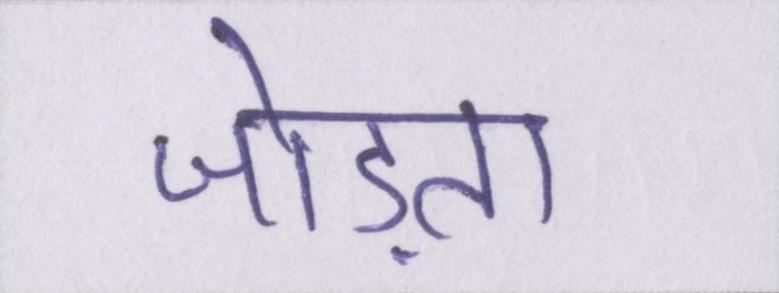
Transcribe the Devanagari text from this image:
जोड़ता